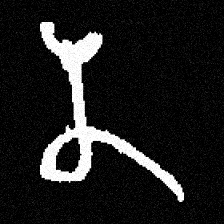
Pyu character \u2014 Myanmar letter: န (romanized: na)